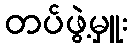
တပ်ဖွဲ့မှူး